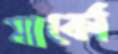
মার্কো